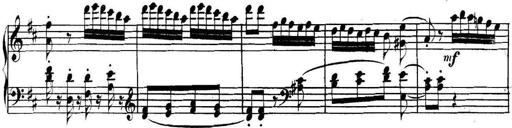
Title: Collected Piano Sonatas
Composer: Muzio Clementi